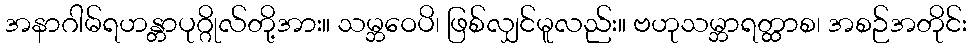
အနာဂါမ်ရဟန္တာပုဂ္ဂိုလ်တို့အား။ သမ္ဘဝေပိ၊ ဖြစ်လျှင်မူလည်း။ ဗဟုသမ္ဘာရတ္ထာစ၊ အစဉ်အတိုင်း